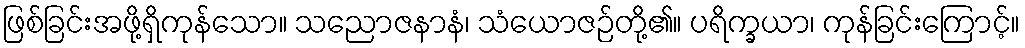
ဖြစ်ခြင်းအဖို့ရှိကုန်သော။ သညောဇနာနံ၊ သံယောဇဉ်တို့၏။ ပရိက္ခယာ၊ ကုန်ခြင်းကြောင့်။